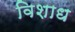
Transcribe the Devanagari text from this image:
विशाध